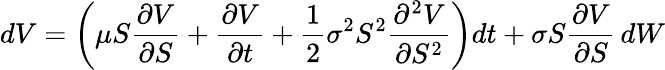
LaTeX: dV=\left(\mu S{\frac{\partial V}{\partial S}}+{\frac{\partial V}{\partial t}}+{\frac{1}{2}}\sigma^{2}S^{2}{\frac{\partial^{2}V}{\partial S^{2}}}\right)dt+\sigma S{\frac{\partial V}{\partial S}}\, dW